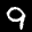
Label: 9